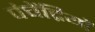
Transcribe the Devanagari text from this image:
पंचेंद्रियों